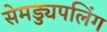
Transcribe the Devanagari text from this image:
सेमड्युपलिंग